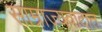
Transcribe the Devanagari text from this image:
साम्राज्यवादात